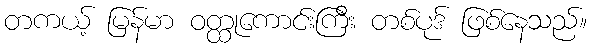
တကယ့် မြန်မာ ဝတ္ထုကောင်းကြီး တစ်ပုဒ် ဖြစ်နေသည်။